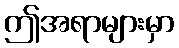
ဤအရာများမှာ